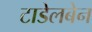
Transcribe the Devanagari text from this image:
टाडेलबेन